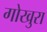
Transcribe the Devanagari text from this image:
गोखुरा